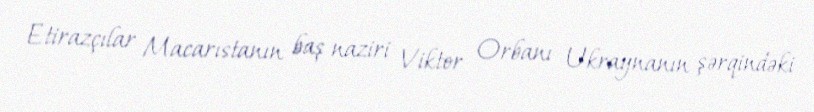
Etirazçılar Macarıstanın baş naziri Viktor Orbanı Ukraynanın şərqindəki